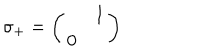
\sigma _ { + } = \left( \begin{array} { c c } { { } } & { { 1 } } \\ { { 0 } } & { { } } \\ \end{array} \right)